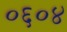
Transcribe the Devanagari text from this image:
०६०४